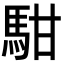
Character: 𩢨